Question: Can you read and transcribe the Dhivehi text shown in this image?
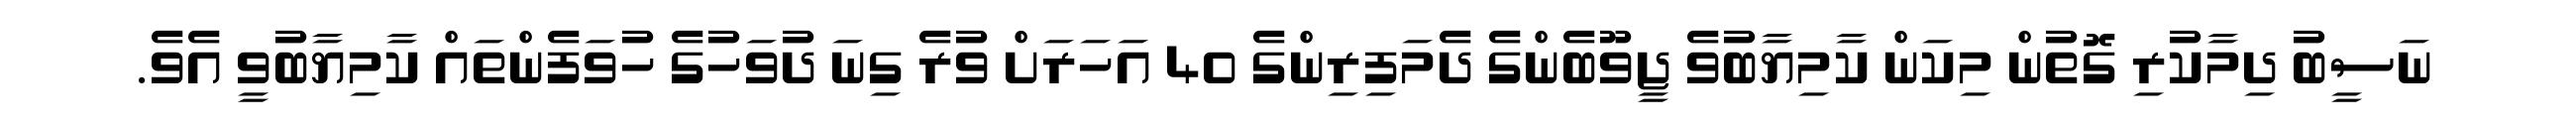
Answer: ނަސީބު ދިމާކުރި ގޮތުން މިކަން ކާމިޔާބުވެ ޖީވޫބެންގެ ދެމަފިރިންގެ 40 އަހަރަށް ވުރެ ގިނަ ދުވަހުގެ ހުވަފެންތައް ކާމިޔާބުވީ އެވެ.